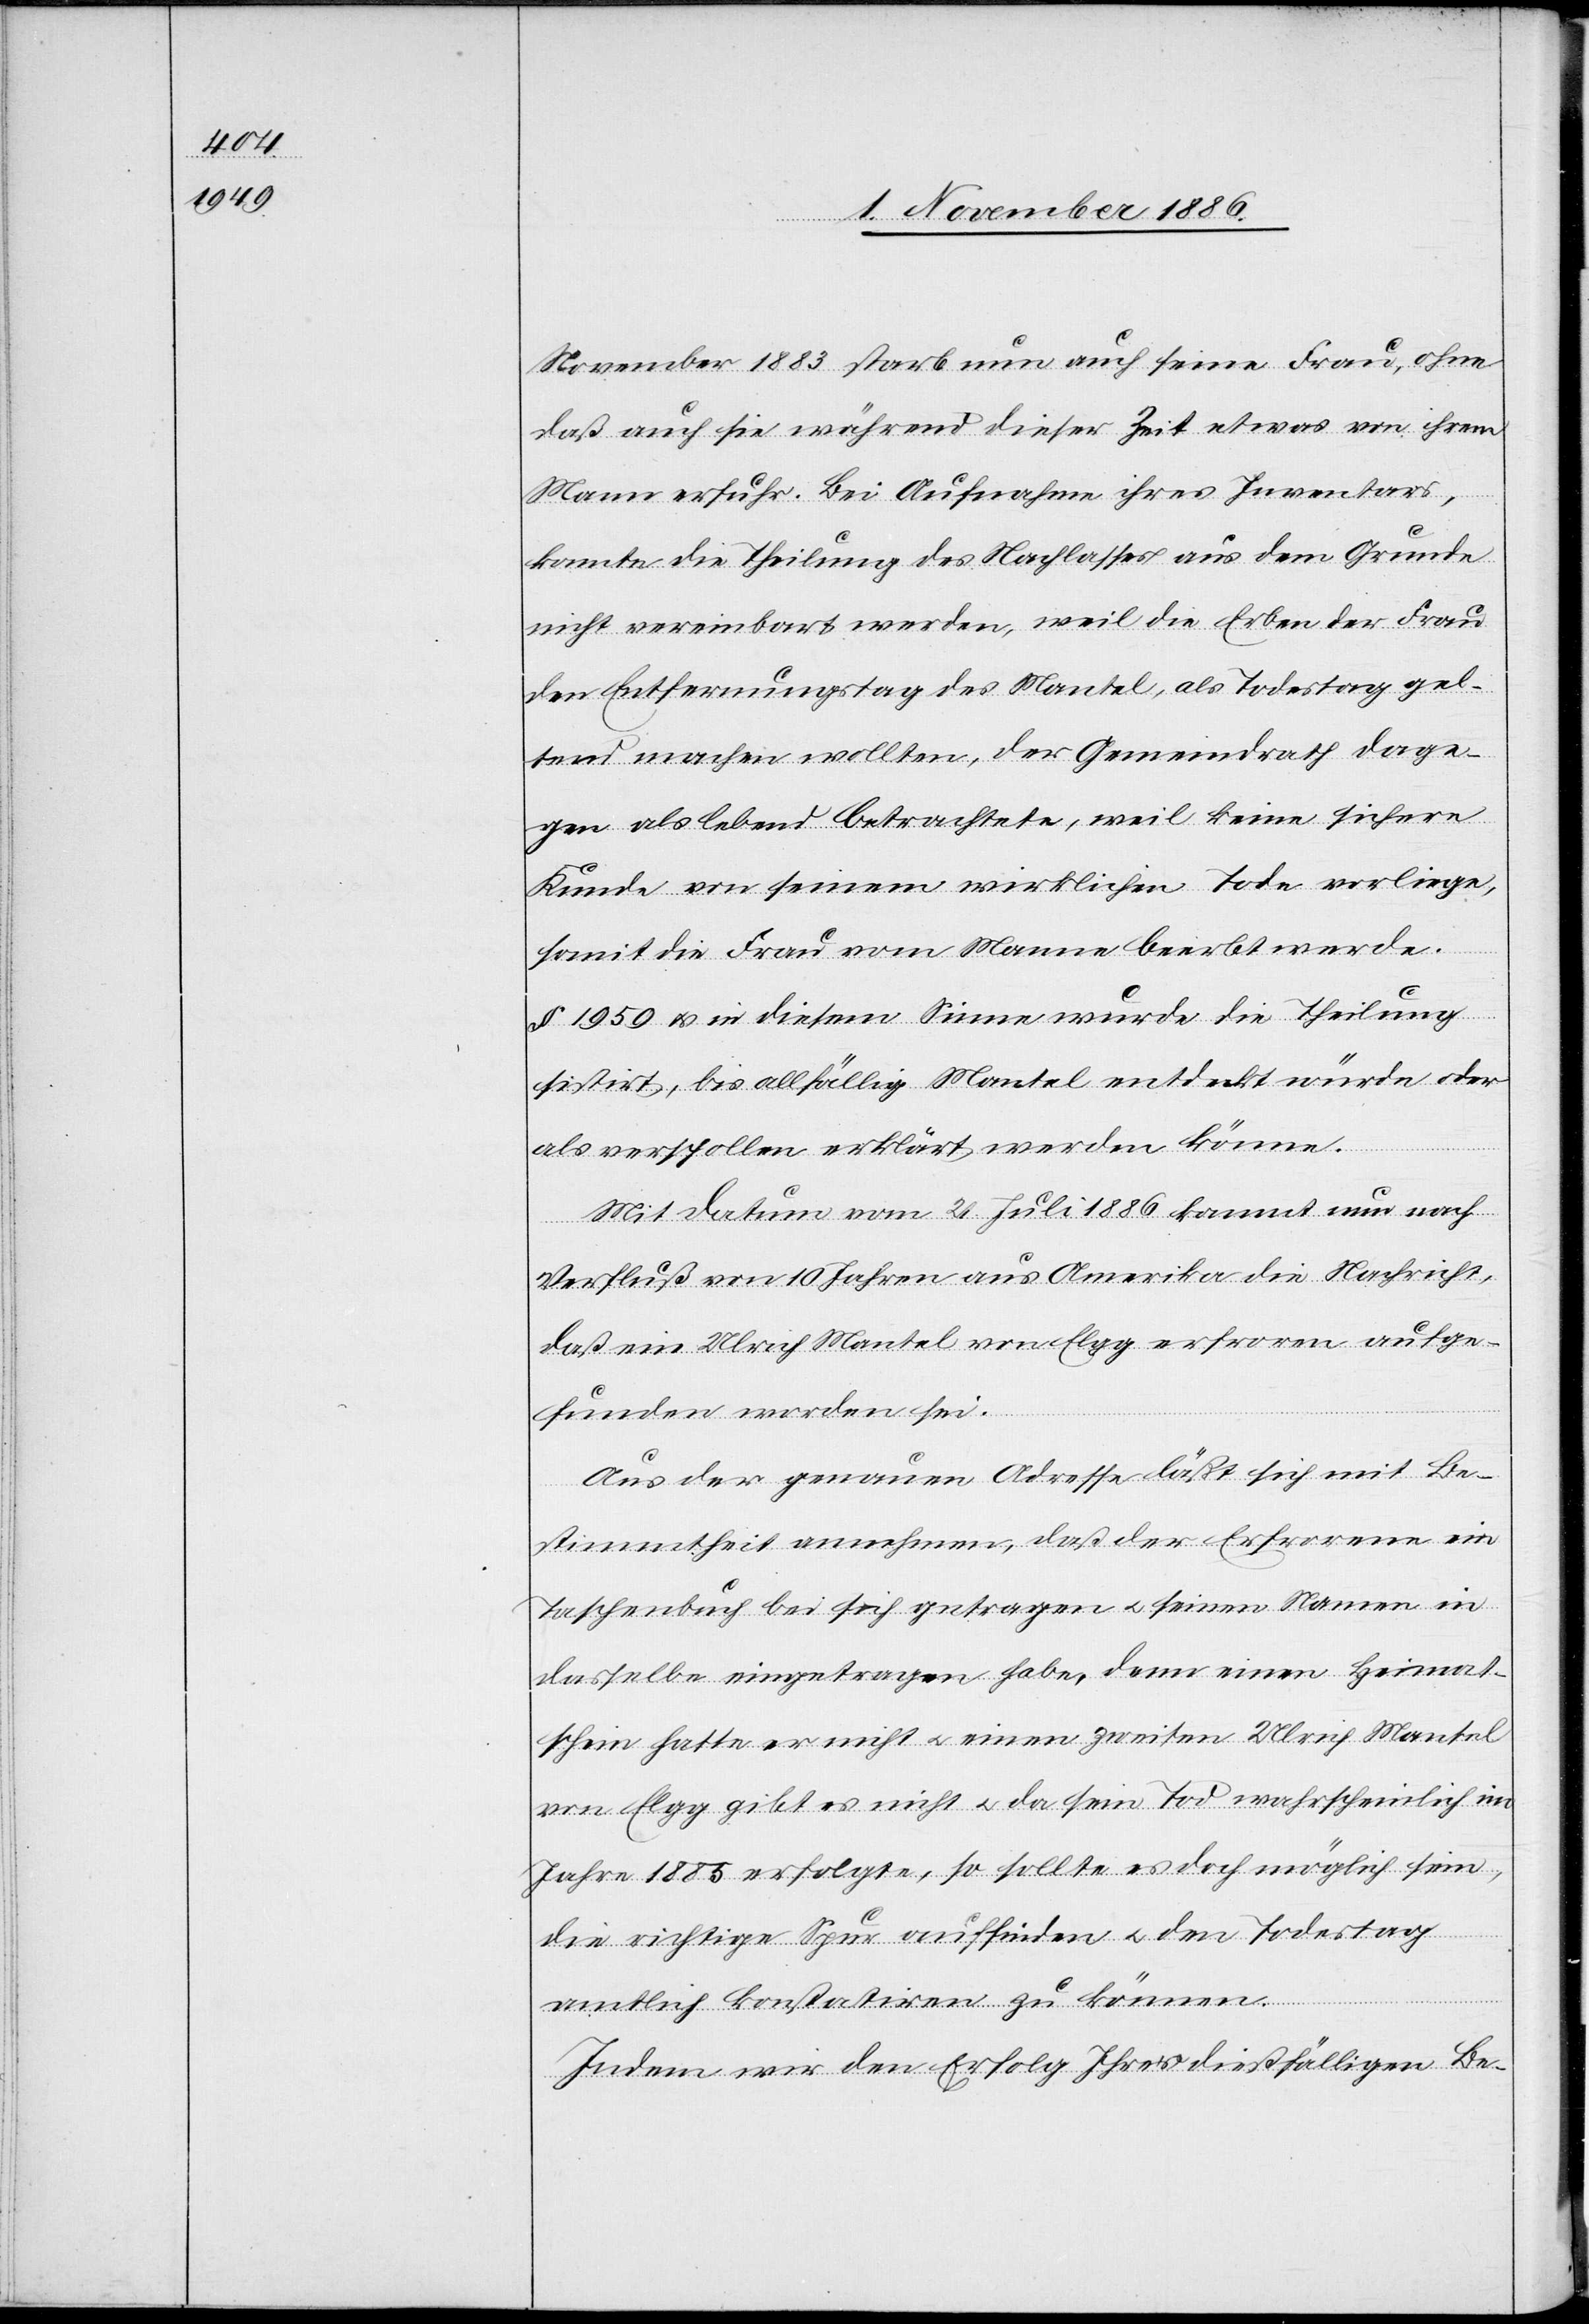
November 1883 starb nun auch seine Frau, ohne
daß auch sie während dieser Zeit etwas von ihrem
Mann erfuhr. Bei Aufnahme ihres Inventars,
konnte die Theilung des Nachlasses aus dem Grunde
nicht vereinbart werden, weil die Erben der Frau
den Entfernungstag des Mantel, als Todestag gel¬
tend machen wollten, der Gemeindrath [ihn] dage¬
gen als lebend betrachtete, weil keine sichere
Kunde von seinem wirklichen Tode vorliege,
somit die Frau vom Manne beerbt werde.
§ 1959 & in diesem Sinne wurde die Theilung
sistirt, bis allfällig Mantel entdeckt würde oder
als verschollen erklärt werden könne.
Mit Datum vom 21. Juli 1886 kommt nun nach
Verfluß von 10 Jahren aus Amerika die Nachricht,
daß ein Ulrich Mantel von Elgg erfroren aufge¬
funden worden sei.
Aus der genauen Adresse läßt sich mit Be¬
stimmtheit annehmen, daß der Erfrorene ein
Taschenbuch bei sich getragen & seinen Namen in
dasselbe eingetragen habe, denn einen Heimat¬
schein hatte er nicht & einen zweiten Ulrich Mantel
von Elgg gibt es nicht & da sein Tod wahrscheinlich im
Jahre 1885 erfolgte, so sollte es doch möglich sein,
die richtige Spur auffinden & den Todestag
amtlich konstatiren zu können.
Indem wir den [sic!] Erfolg Ihrer dießfälligen Be-